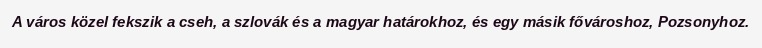
A város közel fekszik a cseh, a szlovák és a magyar határokhoz, és egy másik fővároshoz, Pozsonyhoz.